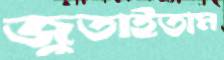
জুতাইতাম